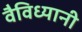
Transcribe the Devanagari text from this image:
वैविध्यानी